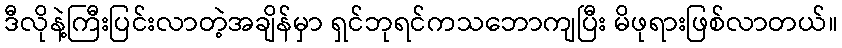
ဒီလိုနဲ့ကြီးပြင်းလာတဲ့အချိန်မှာ ရှင်ဘုရင်ကသဘောကျပြီး မိဖုရားဖြစ်လာတယ်။